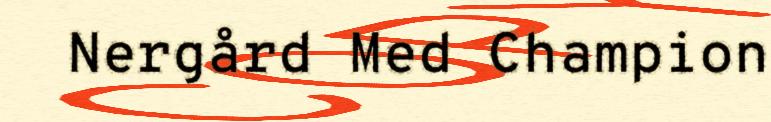
Nergård Med Champion